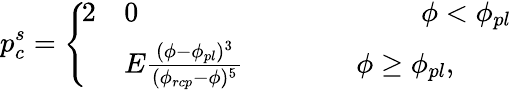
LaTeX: p_{c}^{s}=\left\{ \begin{array}{ll}{\! \begin{array}{rl}{{2}}&{0\quad\quad\quad\quad\quad\quad\quad\quad\quad\quad\phi<\phi_{pl}}\\ &{E\frac{(\phi-\phi_{pl})^{3}}{(\phi_{rcp}-\phi)^{5}}\quad\quad\quad\quad\phi\geq\phi_{pl},}\end{array}}\end{array}\right.